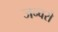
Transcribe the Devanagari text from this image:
जन्वरो